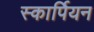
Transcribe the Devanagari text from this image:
स्कार्पियन